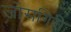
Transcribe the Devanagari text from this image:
जोसगिरी